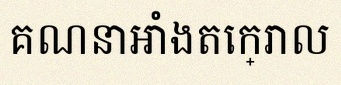
គណនាអាំងតេក្រាល